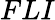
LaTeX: FLI